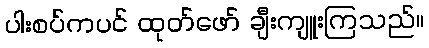
ပါးစပ်ကပင် ထုတ်ဖော် ချီးကျူးကြသည်။